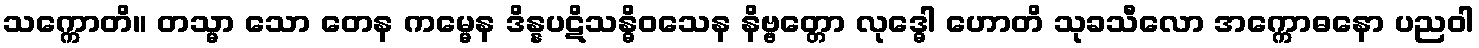
သက္ကောတိ။ တသ္မာ သော တေန ကမ္မေန ဒိန္နပဋိသန္ဓိဝသေန နိဗ္ဗတ္တော လုဒ္ဓေါ ဟောတိ သုခသီလော အက္ကောဓနော ပညဝါ